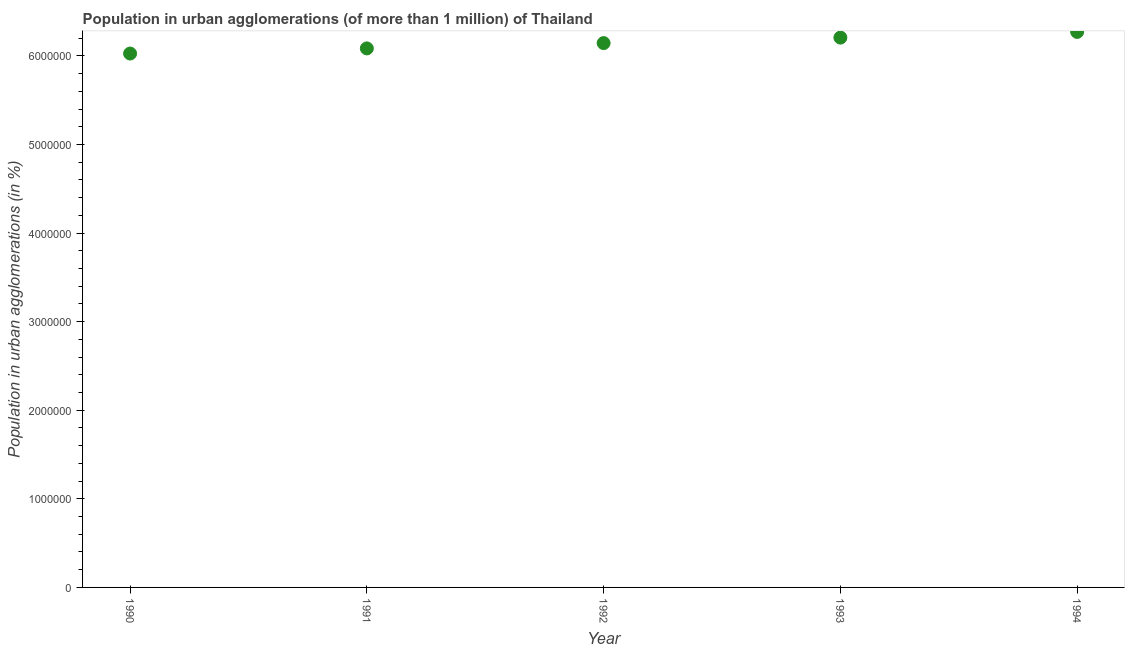
| Year | Population in urban agglomerations |
 | --- | --- |
 | 1990 | 6.03e+06 |
 | 1991 | 6.08e+06 |
 | 1992 | 6.14e+06 |
 | 1993 | 6.21e+06 |
 | 1994 | 6.27e+06 |